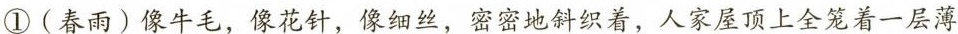
①(春雨)像牛毛，像花针，像细丝，密密地斜织着，人家屋顶上全笼着一层薄